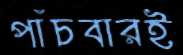
পাঁচবারই